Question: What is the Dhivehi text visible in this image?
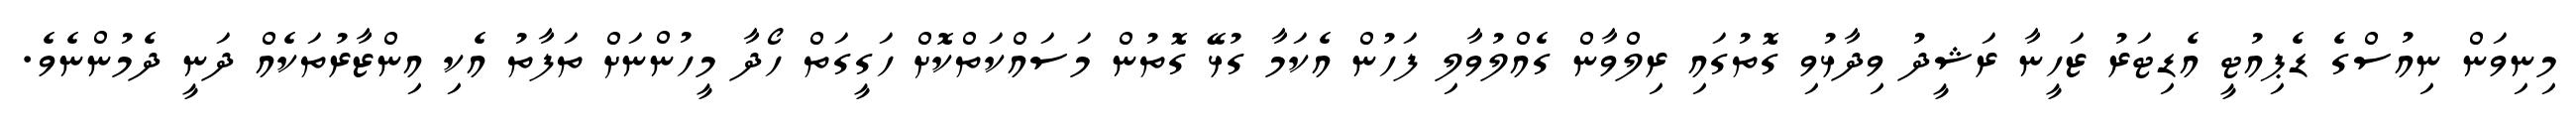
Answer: މިނިވަން ނިއުސްގެ ޑެޕިއުޓީ އެޑިޓަރު ޒަހީނާ ރަޝީދު ވިދާޅުވި ގޮތުގައި ރިލްވާން ގެއްލުވާލި ފަހުން އެކަމާ ގުޅޭ ގޮތުން މަސައްކަތްކޮށް ހަގީގަތް ހޯދާ މީހުންނަށް ތަފާތު އެކި އިންޒާރުތަކެއް ދަނީ ދެމުންނެވެ.